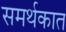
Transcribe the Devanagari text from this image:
समर्थकात